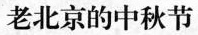
7.阅读短文，回答问题。